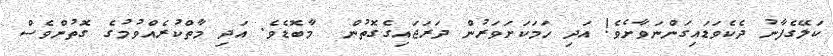
ކަލޭގެފާނު ދެކެވަޑައިގަންނަވާށެވެ! އަދި ހަމަކަށަވަރުން ދަރަޖައިގެގޮތުން  މާބޮޑެވެ. އަދި މާތްކުރެއްވުމުގެ ގޮތުންވެސް